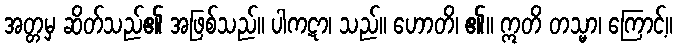
အတ္တမှ ဆိတ်သည်၏ အဖြစ်သည်။ ပါကဋာ၊ သည်။ ဟောတိ၊ ၏။ ဣတိ တသ္မာ၊ ကြောင့်။